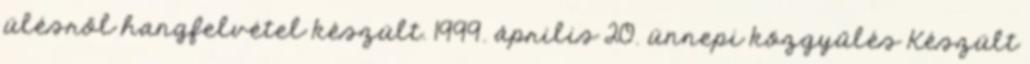
ülésről hangfelvétel készült. 1999. április 20. ünnepi közgyűlés Készült